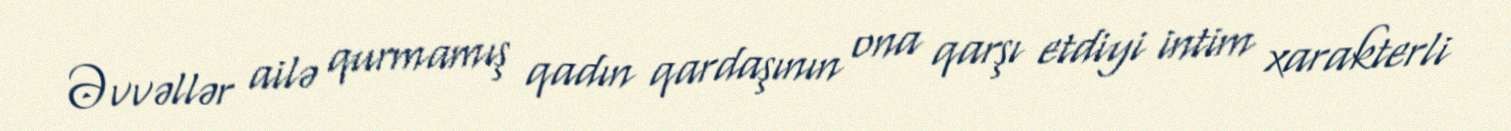
Əvvəllər ailə qurmamış qadın qardaşının ona qarşı etdiyi intim xarakterli